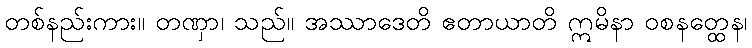
တစ်နည်းကား။ တဏှာ၊ သည်။ အဿာဒေတိ ဧတာယာတိ ဣမိနာ ဝစနတ္ထေန၊